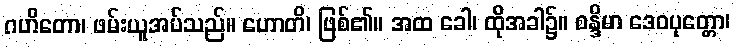
ဂဟိတော၊ ဖမ်းယူအပ်သည်။ ဟောတိ၊ ဖြစ်၏။ အထ ခေါ၊ ထိုအခါ၌။ စန္ဒိမာ ဒေဝပုတ္တော၊